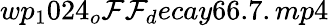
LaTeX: wp_{1}024_{o}\mathcal{F}\mathcal{F}_{d}ecay66.7.mp4